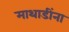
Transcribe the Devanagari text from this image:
माथाडींना